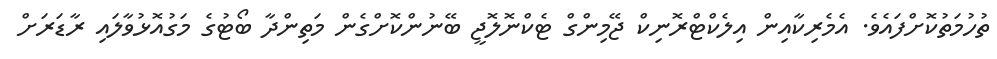
ތުހުމަތުކޮށްފައެވެ. އެމެރިކާއިން އިލެކްޓްރޮނިކް ޖޭމިންގް ޓެކްނޮލޮޖީ ބޭނުންކޮށްގެން މަތިންދާ ބޯޓުގެ މަގުއޮޅުވާލައި ރާޑަރަށް